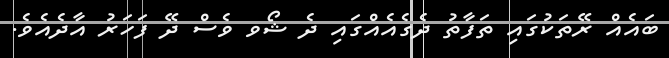
ބައެއް ރޭތަކުގައި ތަފާތު ދެގެއެއްގައި ދެ ޝޯވ ވެސް ދޭ ފަހަރު އާދެއެވެ.